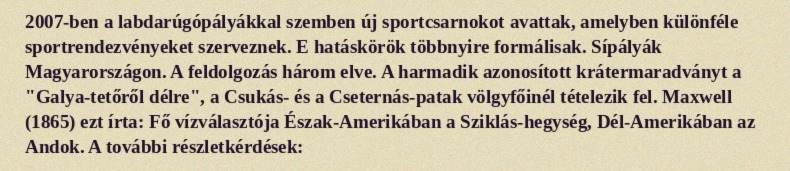
2007-ben a labdarúgópályákkal szemben új sportcsarnokot avattak, amelyben különféle sportrendezvényeket szerveznek. E hatáskörök többnyire formálisak. Sípályák Magyarországon. A feldolgozás három elve. A harmadik azonosított krátermaradványt a "Galya-tetőről délre", a Csukás- és a Cseternás-patak völgyfőinél tételezik fel. Maxwell (1865) ezt írta: Fő vízválasztója Észak-Amerikában a Sziklás-hegység, Dél-Amerikában az Andok. A további részletkérdések: